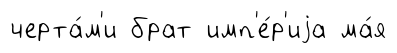
черта́м'и брат имп'е́р'иjа ма́я